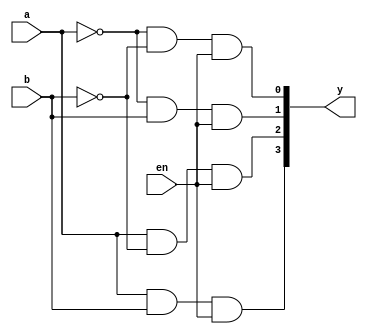
module decoder_2_4_str(a,b,en,y);
input a,b,en;
output [3:0]y;
wire n1,n2;

not l1(n1,a);
not l2(n2,b);

and l3(y[0],n1,n2,en);
and l4(y[1],n1,b,en);
and l5(y[2],a,n2,en);
and l6(y[3],a,b,en);

endmodule